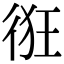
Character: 𢓯